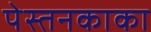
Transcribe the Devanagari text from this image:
पेस्तनकाका